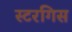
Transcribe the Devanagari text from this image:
स्टरगिस